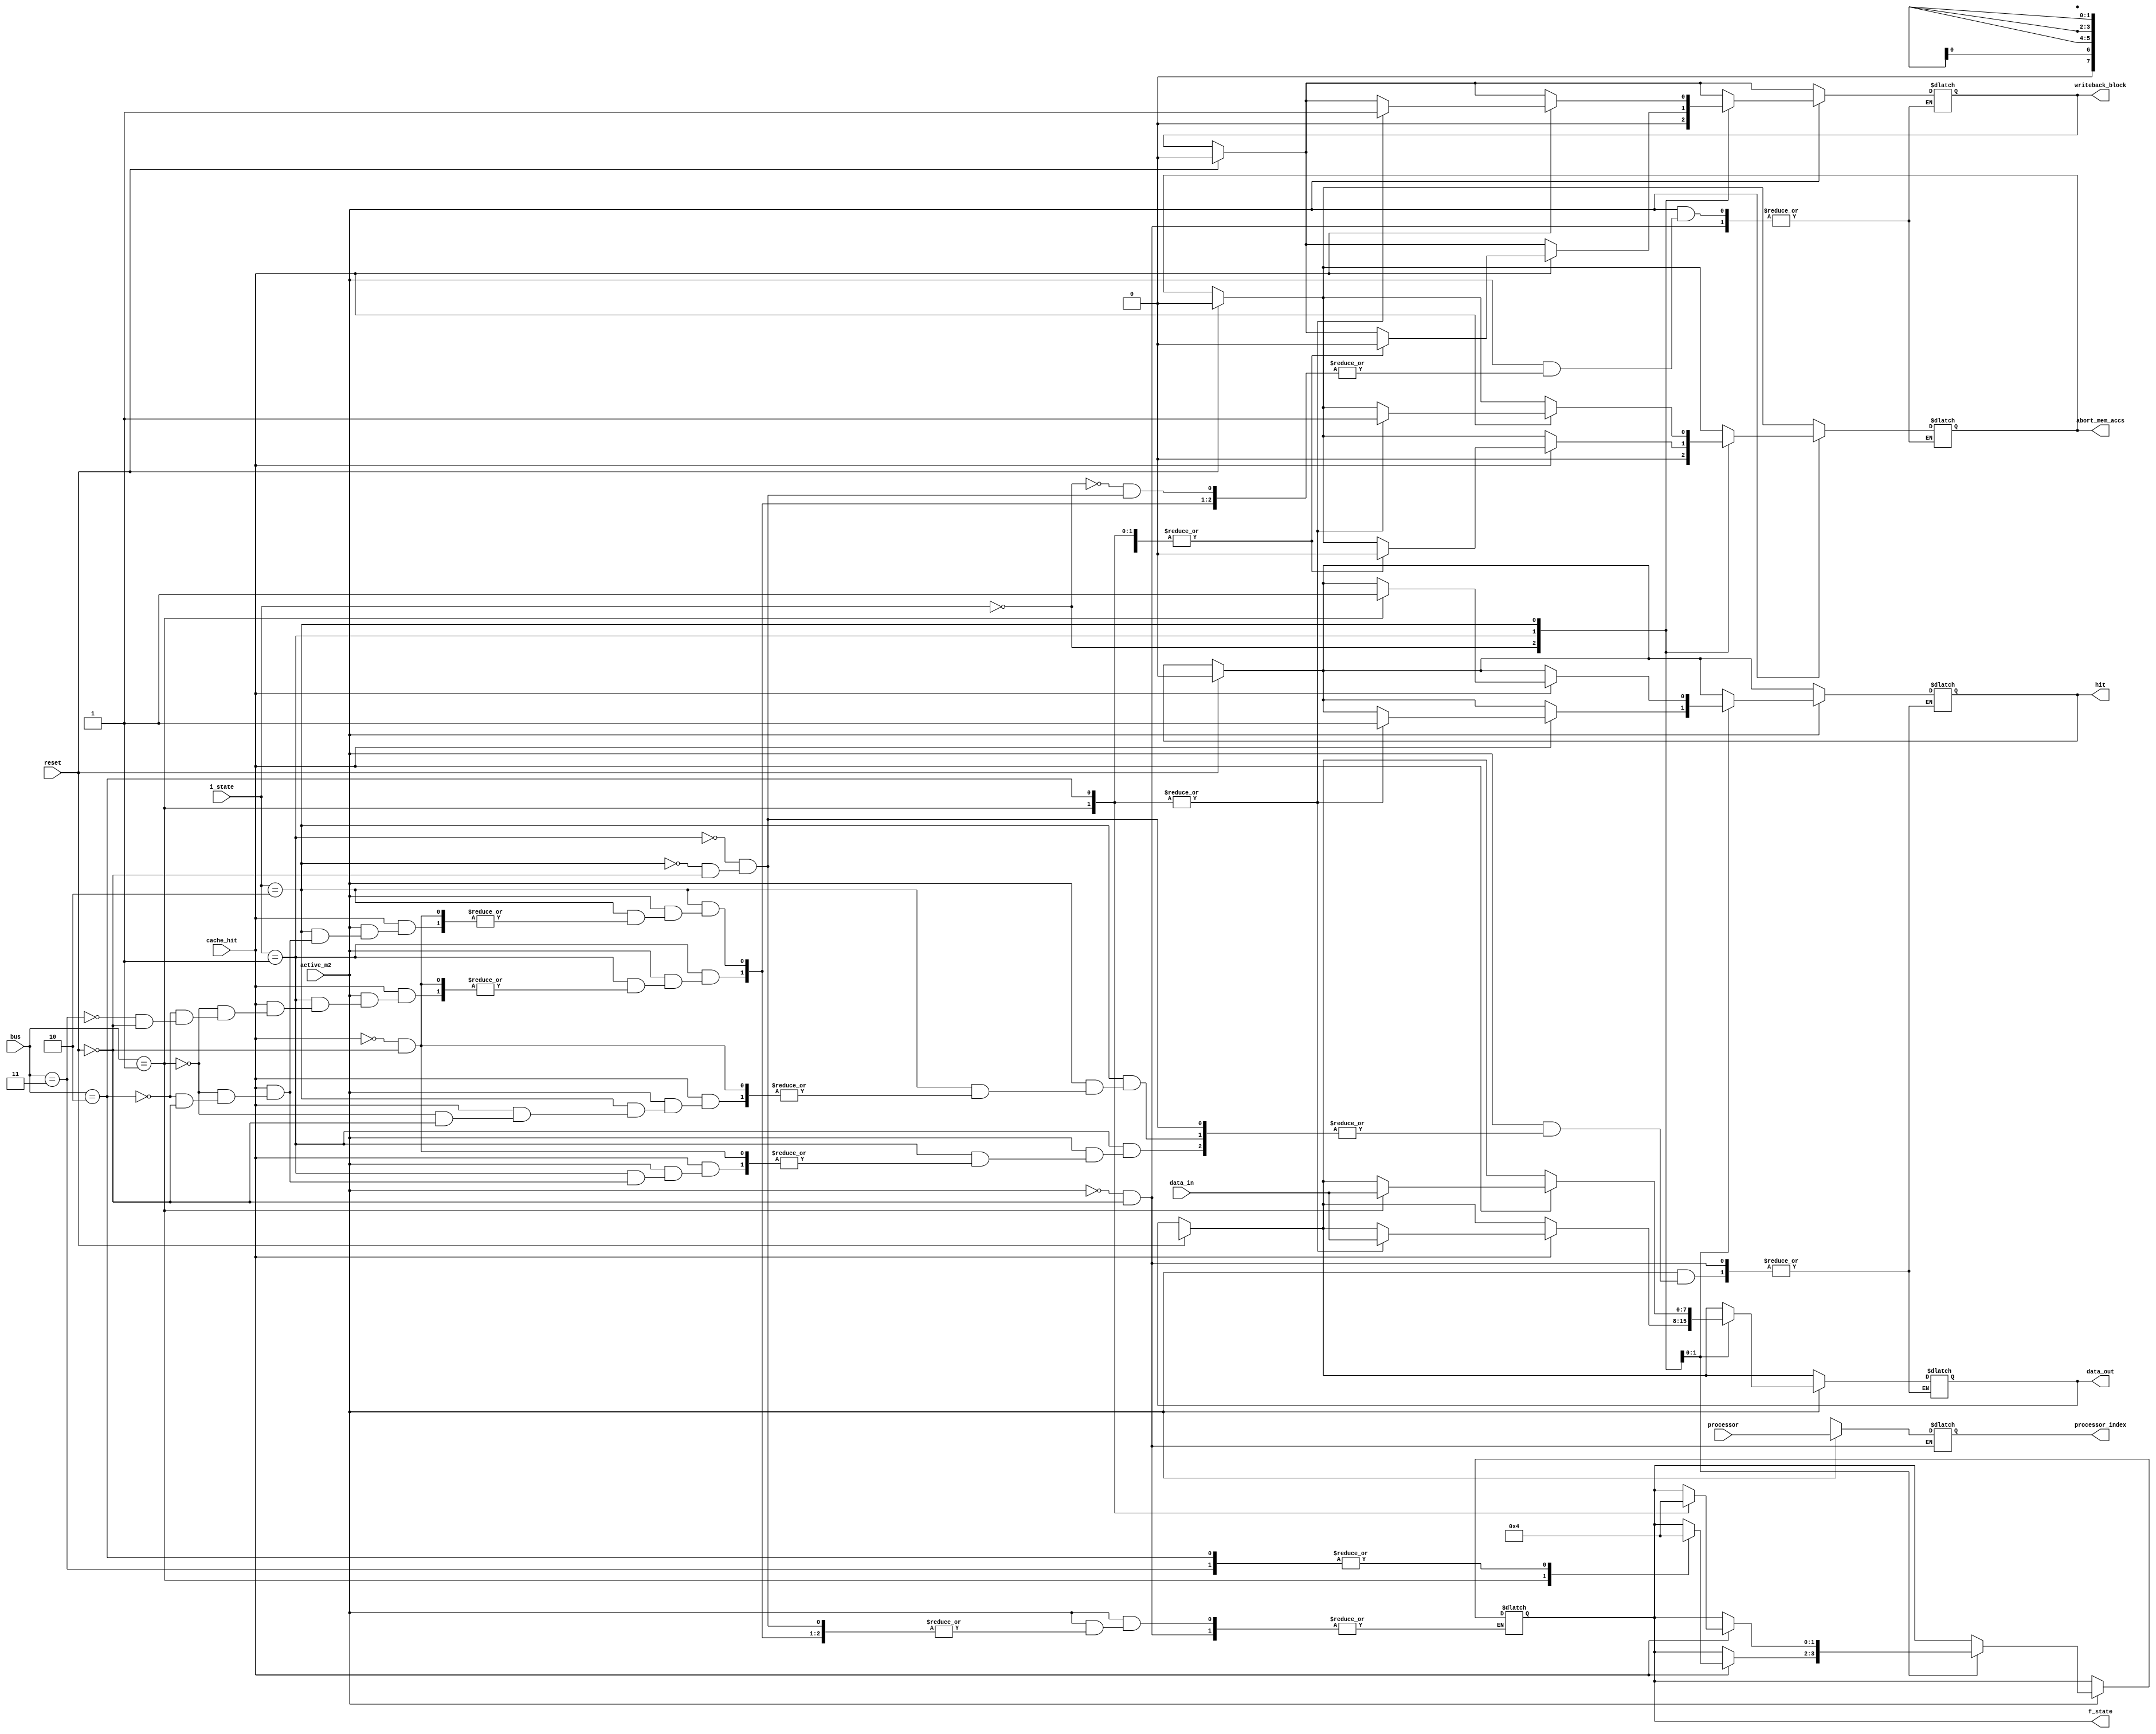
module state_machine2(reset, active_m2, cache_hit, i_state, processor, bus, data_in, writeback_block, abort_mem_accs, hit, f_state, processor_index, data_out);
    input reset, active_m2, cache_hit;
    input [1:0] i_state, processor;
    input [2:0] bus;
    input [7:0] data_in;

    output reg writeback_block, abort_mem_accs, hit;
    output reg [1:0] f_state, processor_index;
    output reg [7:0] data_out;

    initial begin
        writeback_block = 1'b0;
        abort_mem_accs = 1'b0;
    end

    always @(*) begin
        if (reset) begin
            writeback_block = 1'b0;
            abort_mem_accs = 1'b0;
            hit = 1'b0;
            f_state = 2'bxx;
            processor_index = 2'bxx;
            data_out = 7'bx;
        end
        if (active_m2) begin
            processor_index = processor;
            case (i_state)
                //invalid
                2'b00: begin
                    //nao sai desse estado
                    writeback_block = 1'b0;
                    abort_mem_accs = 1'b0;
                end
                //shared
                2'b01: begin
                    if (cache_hit) begin
                        case (bus)
                            3'b001: begin
                                hit = 1'b1;
                                f_state = 2'b01;
                                writeback_block = 1'b0;
                                abort_mem_accs = 1'b0;
                                data_out = data_in;
                            end
                            3'b010: begin
                                hit = 1'b1;
                                f_state = 2'b0;
                                writeback_block = 1'b0;
                                abort_mem_accs = 1'b0;
                                data_out = data_in;
                            end
                            3'b011: begin
                                f_state = 2'b0;
                                writeback_block = 1'b0;
                                abort_mem_accs = 1'b0;
                            end
                        endcase
                    end
                end
                //exclusive
                2'b10: begin
                    if (cache_hit) begin
                        case (bus)
                            3'b001: begin
                                hit = 1'b1;
                                f_state = 2'b01;
                                writeback_block = 1'b1;
                                abort_mem_accs = 1'b1;
                                data_out = data_in;
                            end
                            3'b010: begin
                                f_state = 2'b0;
                                writeback_block = 1'b1;
                                abort_mem_accs = 1'b1;
                            end
                        endcase
                    end
                end
            endcase
        end
    end
endmodule